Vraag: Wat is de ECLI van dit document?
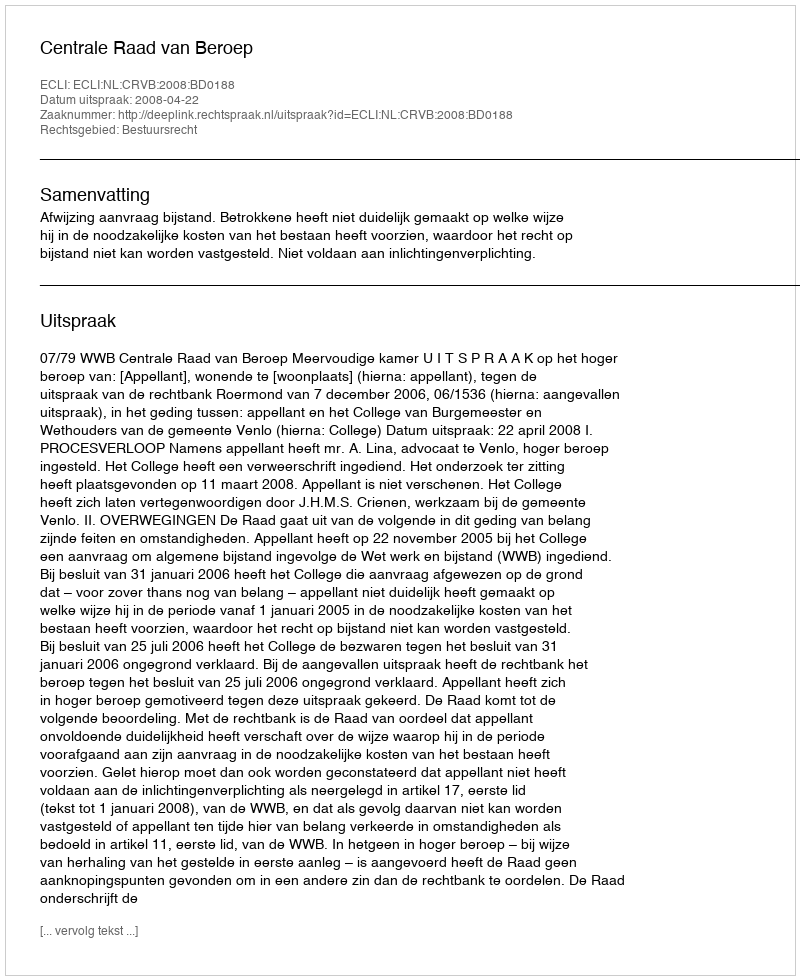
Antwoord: ECLI:NL:CRVB:2008:BD0188